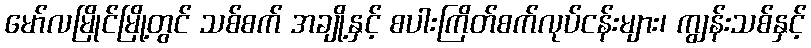
မော်လမြိုင်မြို့တွင် သစ်စက် အချို့နှင့် စပါးကြိတ်စက်လုပ်ငန်းများ၊ ကျွန်းသစ်နှင့်